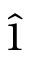
\hat { 1 }